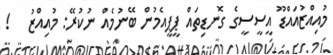
މުއިއްޒުއައްޑޫ އީސީސީގެ ގޮނޑިތައް ޕީޕީއެމުން ބޭނުމެއް ނުކުރޭ: މުއިއްޒު   !